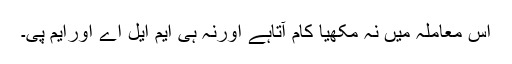
اس معاملہ میں نہ مکھیا کام آتاہے اورنہ ہی ایم ایل اے اورایم پی۔